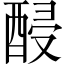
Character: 𨡉